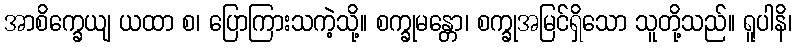
အာစိက္ခေယျ ယထာ စ၊ ပြောကြားသကဲ့သို့။ စက္ခုမန္တော၊ စက္ခုအမြင်ရှိသော သူတို့သည်။ ရူပါနိ၊